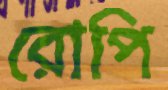
রোপি